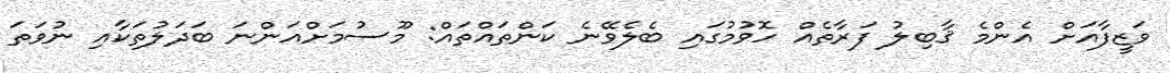
ވަޒީފާއަށް އެންމެ ޤާބިލު ފަރާތެއް ހޮވުމުގައި ބެލެވޭނެ ކަންތައްތައް: މޫސުމަށްއަންނަ ބަދަލުތަކާއި ނުވަތަ